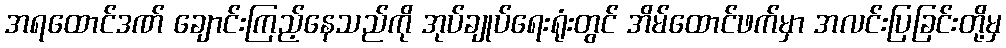
အရထောင်ဒဏ် ချောင်းကြည့်နေသည်ကို အုပ်ချုပ်ရေးရုံးတွင် အိမ်ထောင်ဖက်မှာ အလင်းပြခြင်းတို့မှ